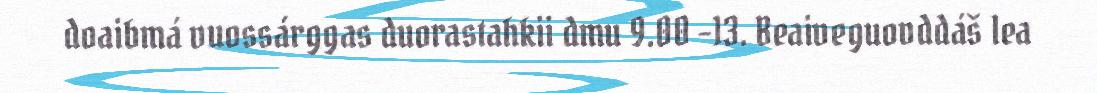
doaibmá vuossárggas duorastahkii dmu 9.00 –13. Beaiveguovddáš lea